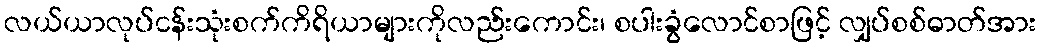
လယ်ယာလုပ်ငန်းသုံးစက်ကိရိယာများကိုလည်းကောင်း၊ စပါးခွံလောင်စာဖြင့် လျှပ်စစ်ဓာတ်အား